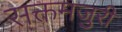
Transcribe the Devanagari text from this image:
सक्तमजुरी